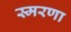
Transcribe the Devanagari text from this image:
स्मरणा